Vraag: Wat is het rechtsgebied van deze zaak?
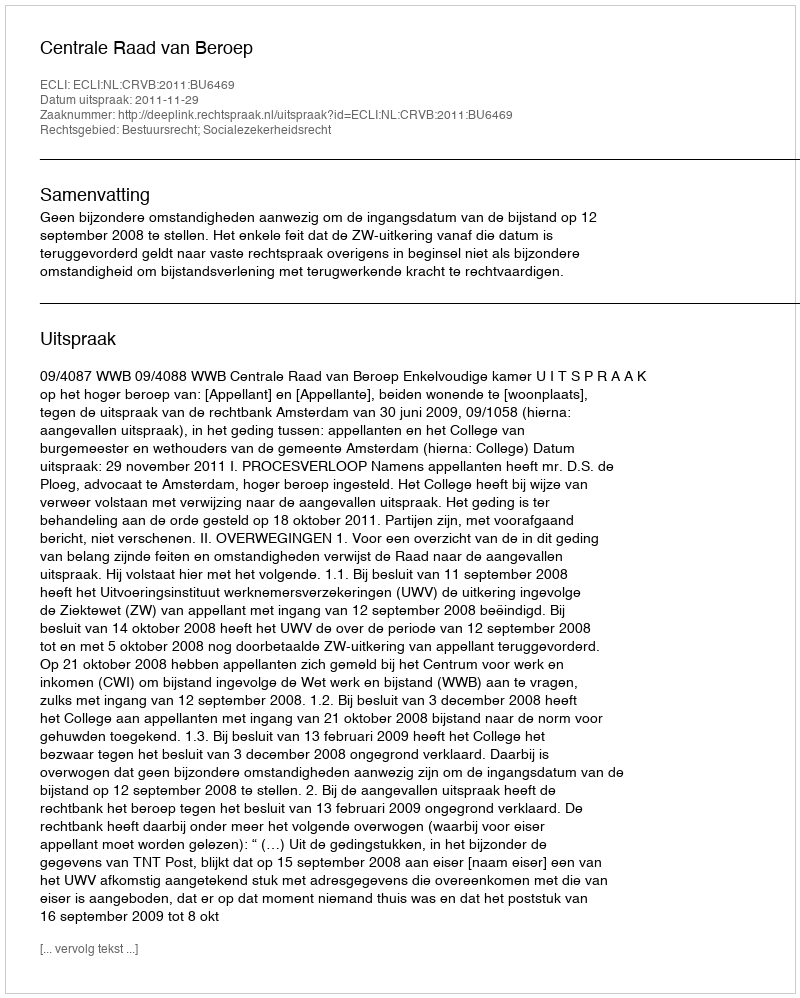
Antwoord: Bestuursrecht; Socialezekerheidsrecht